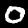
Digit: 0